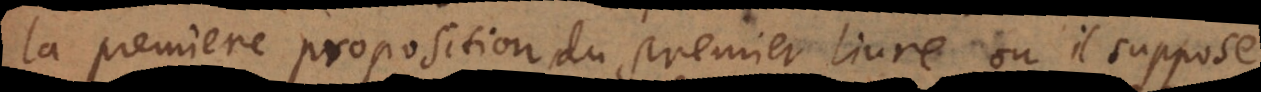
la premiere proposition du premier livre, où il suppose